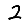
Digit: 2